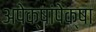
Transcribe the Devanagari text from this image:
अपेक्षांपेक्षा